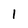
Character: l